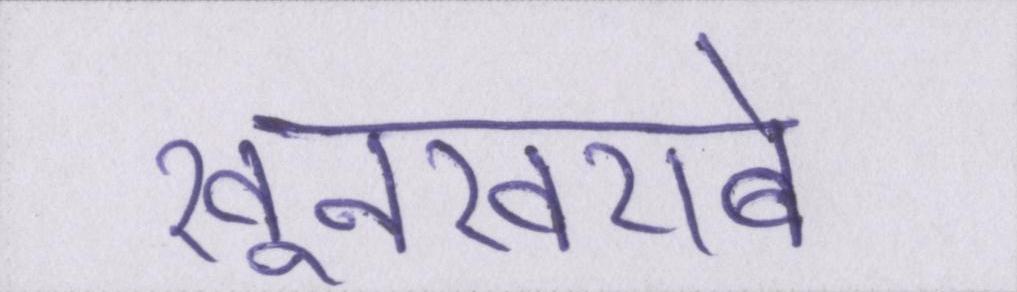
खूनखराबे